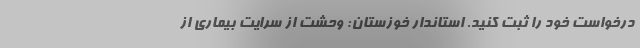
درخواست خود را ثبت کنید. استاندار خوزستان: وحشت از سرایت بیماری از